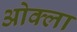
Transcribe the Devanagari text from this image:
ओक्ला